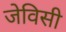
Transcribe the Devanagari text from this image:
जेविसी